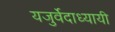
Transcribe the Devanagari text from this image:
यजुर्वेदाध्यायी